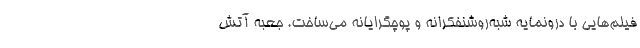
فیلم‌هایی با درونمایه شبه‌روشنفکرانه و پوچگرایانه می‌ساخت. جعبه آتش